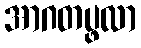
အာဂတပ္ဖလာ